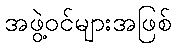
အဖွဲ့ဝင်များအဖြစ်